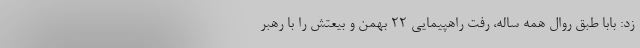
زد: بابا طبق روال همه ساله، رفت راهپیمایی ۲۲ بهمن و بیعتش را با رهبر